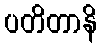
ပတိတာနိ